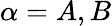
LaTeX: \alpha=A,B